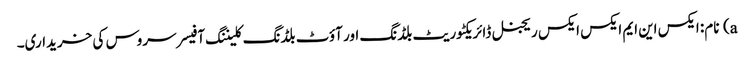
a) نام: ایکس این ایم ایکس ایکس ریجنل ڈائریکٹوریٹ بلڈنگ اور آؤٹ بلڈنگ کلیننگ آفیسر سروس کی خریداری۔